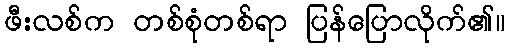
ဖီးလစ်က တစ်စုံတစ်ရာ ပြန်ပြောလိုက်၏။